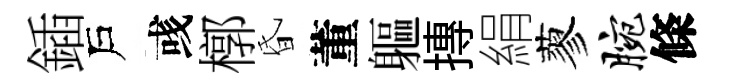
鍤戶彧槨昏董軀摶絹蓼腕條